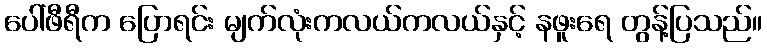
ပေါ်ဖီရီက ပြောရင်း မျက်လုံးကလယ်ကလယ်နှင့် နဖူးရေ တွန့်ပြသည်။